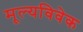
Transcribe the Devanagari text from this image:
मूल्यविवेक